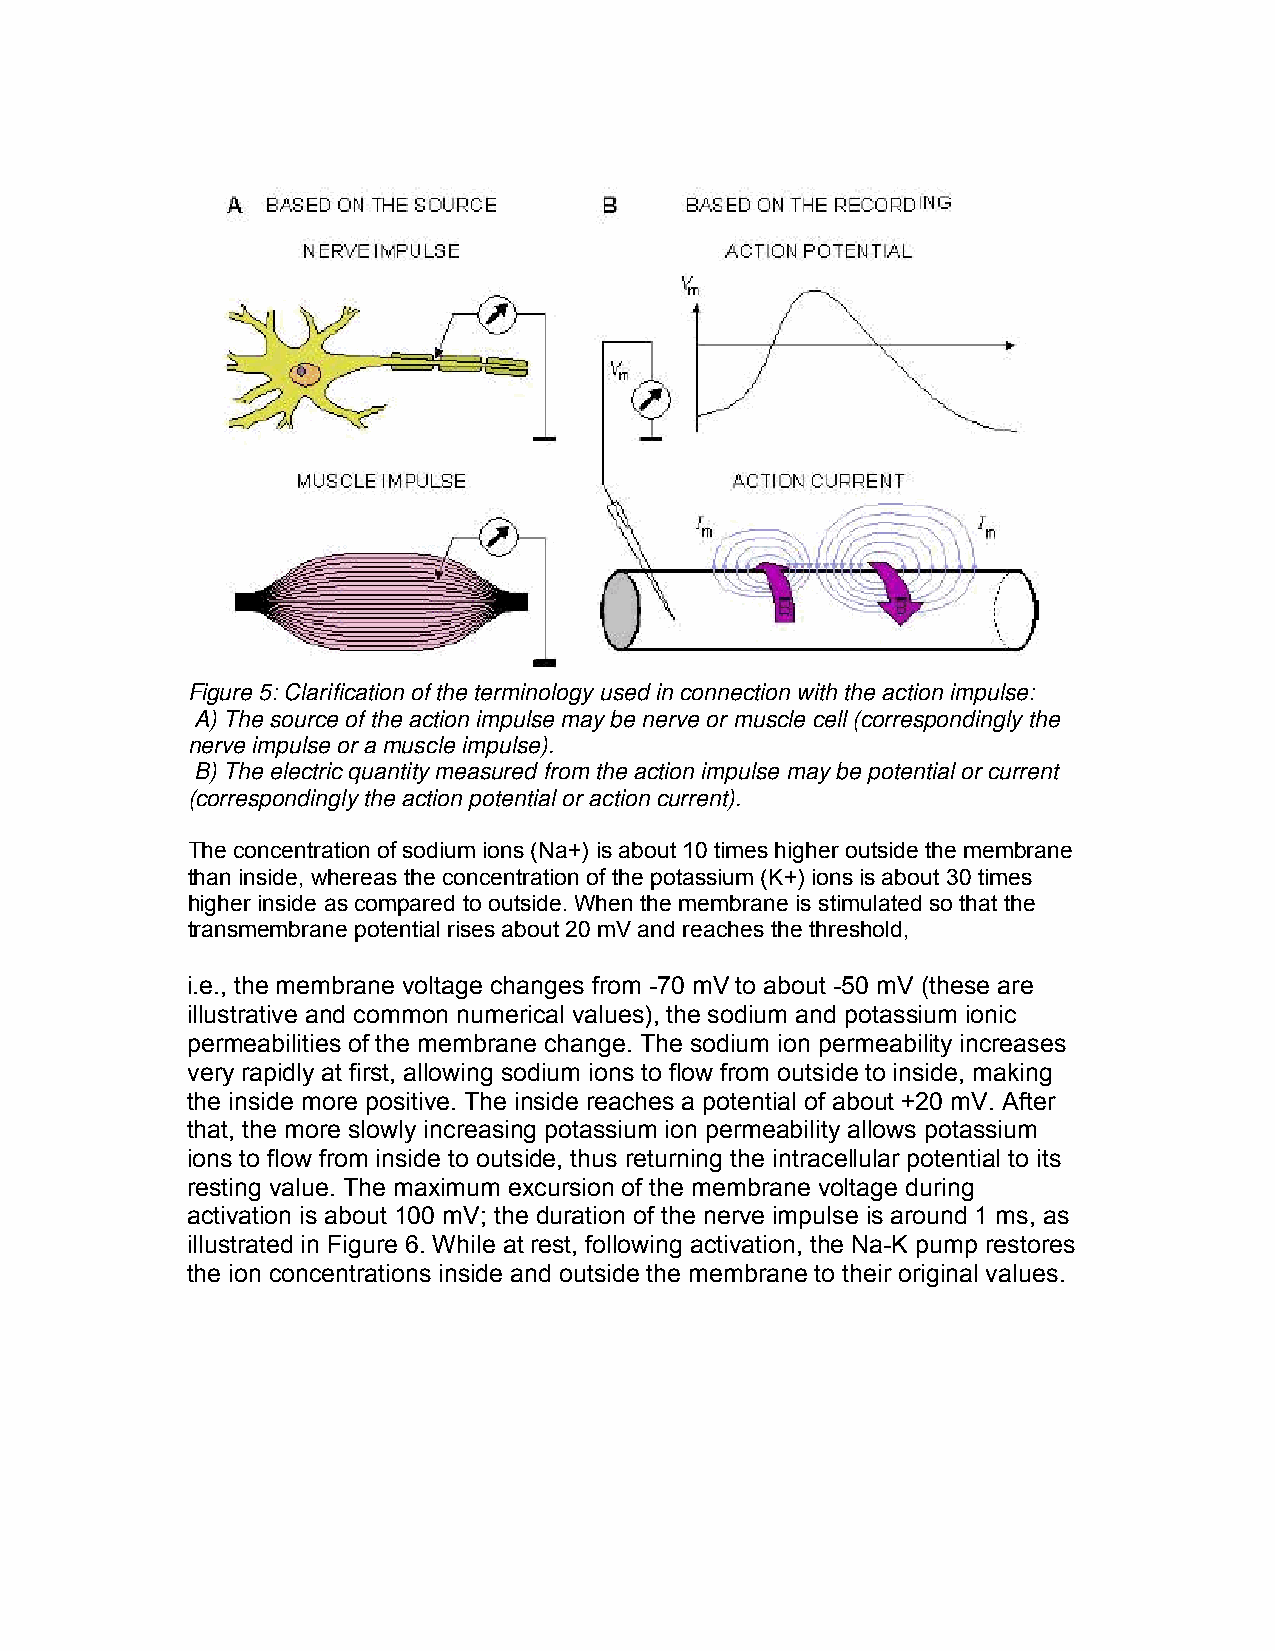
Figure 5: Clarification of the terminology used in connection with the action impulse:
 A) The source of the action impulse may be nerve or muscle cell (correspondingly the
 nerve impulse or a muscle impulse).
 B) The electric quantity measured from the action impulse may be potential or current
 (correspondingly the action potential or action current).
 The concentration of sodium ions (Na+) is about 10 times higher outside the membrane
 than inside, whereas the concentration of the potassium (K+) ions is about 30 times
 higher inside as compared to outside. When the membrane is stimulated so that the
 transmembrane potential rises about 20 mV and reaches the threshold,
 i.e., the membrane voltage changes from -70 mV to about -50 mV (these are
 illustrative and common numerical values), the sodium and potassium ionic
 permeabilities of the membrane change. The sodium ion permeability increases
 very rapidly at first, allowing sodium ions to flow from outside to inside, making
 the inside more positive. The inside reaches a potential of about +20 mV. After
 that, the more slowly increasing potassium ion permeability allows potassium
 ions to flow from inside to outside, thus returning the intracellular potential to its
 resting value. The maximum excursion of the membrane voltage during
 activation is about 100 mV; the duration of the nerve impulse is around 1 ms, as
 illustrated in Figure 6. While at rest, following activation, the Na-K pump restores
 the ion concentrations inside and outside the membrane to their original values.